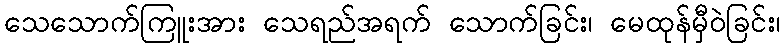
သေသောက်ကြူးအား သေရည်အရက် သောက်ခြင်း၊ မေထုန်မှီဝဲခြင်း၊